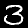
Digit: 3